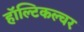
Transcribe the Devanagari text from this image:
हॉल्टिकल्चर